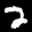
Label: 2